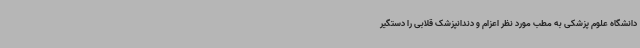
دانشگاه علوم پزشکی به مطب مورد نظر اعزام و دندانپزشک قلابی را دستگیر